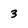
Character: 3